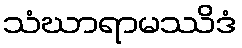
သံဃာရာမဿိဒံ